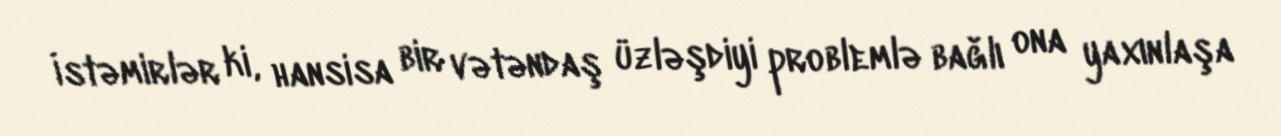
İstəmirlər ki, hansisa bir vətəndaş üzləşdiyi problemlə bağlı ona yaxınlaşa